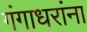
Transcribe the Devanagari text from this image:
गंगाधरांना